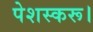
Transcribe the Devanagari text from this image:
पेशस्‍करू।